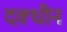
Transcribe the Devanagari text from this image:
दक्धीन